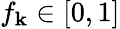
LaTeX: f_{\mathbf{k}}\in[0,1]